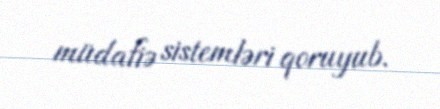
müdafiə sistemləri qoruyub.